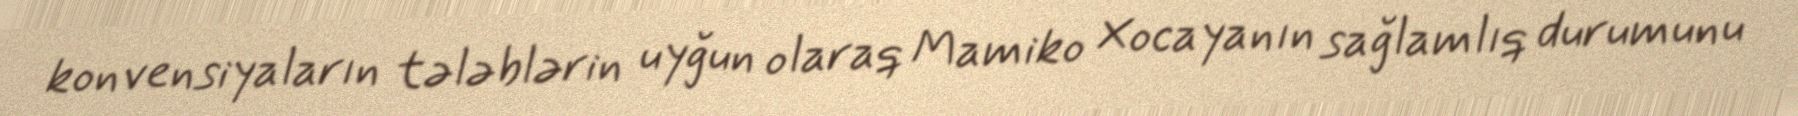
konvensiyaların tələblərin uyğun olaraq Mamiko Xocayanın sağlamlıq durumunu